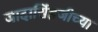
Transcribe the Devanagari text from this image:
जादासिंहजीच्या